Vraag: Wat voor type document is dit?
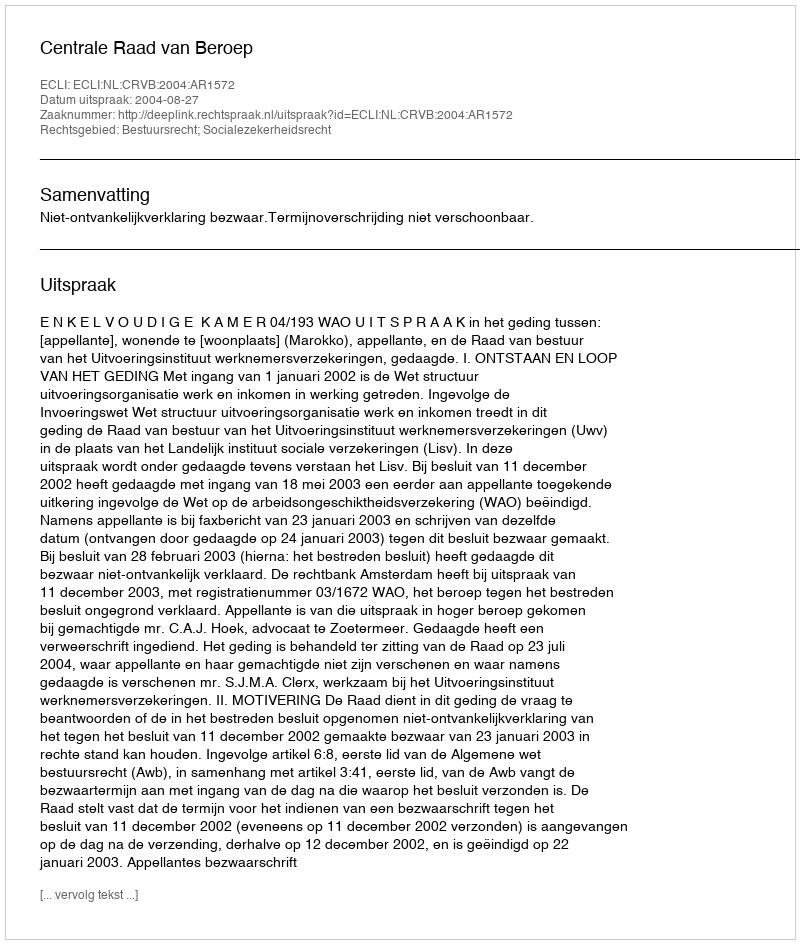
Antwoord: Uitspraak